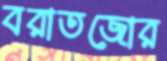
বরাতজোর